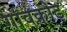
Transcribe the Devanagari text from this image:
गावकोट